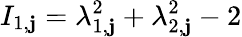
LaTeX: I_{1,\mathbf{j}}=\lambda_{1,\mathbf{j}}^{2}+\lambda_{2,\mathbf{j}}^{2}-2